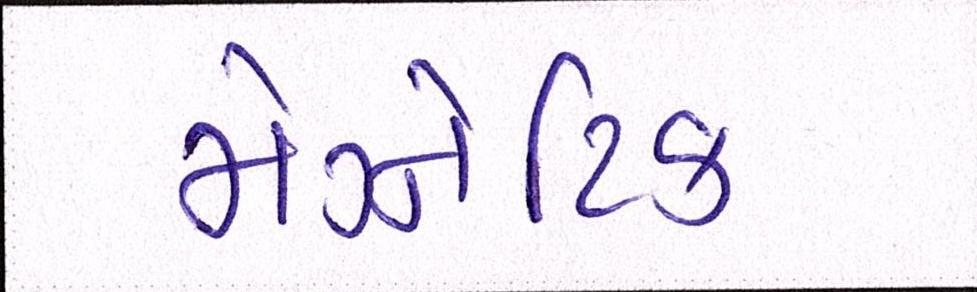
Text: મેગ્નેટિક